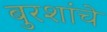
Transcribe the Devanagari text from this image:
बुरशांचे